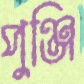
পুঞ্জি